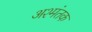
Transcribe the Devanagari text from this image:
अश्मंतक